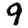
Digit: 9